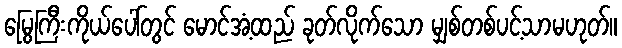
မြွေကြီးကိုယ်ပေါ်တွင် မောင်အံ့ထည် ခုတ်လိုက်သော မျှစ်တစ်ပင့်သာမဟုတ်။